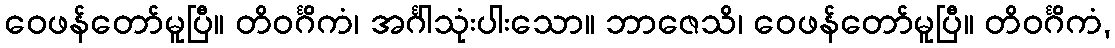
ဝေဖန်တော်မူပြီ။ တိဝင်္ဂိကံ၊ အင်္ဂါသုံးပါးသော။ ဘာဇေသိ၊ ဝေဖန်တော်မူပြီ။ တိဝင်္ဂိကံ,